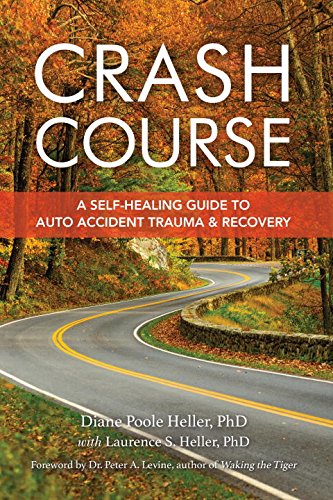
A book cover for Crash Course: A Self-Healing Guide to Auto Accident Trauma and Recovery; Diane Poole Heller; Health, Fitness & Dieting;